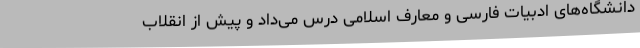
دانشگاه‌های ادبیات فارسی و معارف اسلامی درس می‌داد و پیش از انقلاب